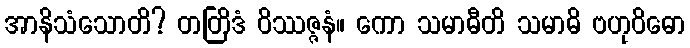
အာနိသံသောတိ? တတြိဒံ ဝိဿဇ္ဇနံ။ ကော သမာဓီတိ သမာဓိ ဗဟုဝိဓော